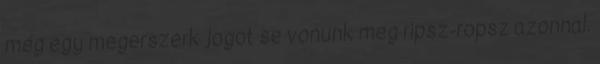
még egy megerszerk jogot se vonunk meg ripsz-ropsz azonnal.